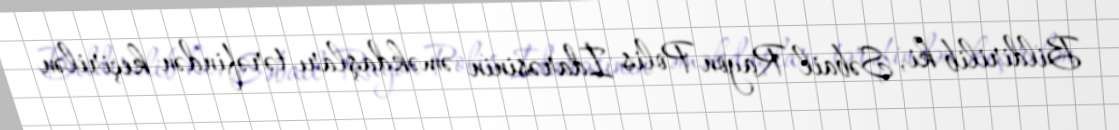
Bildirilib ki, Səbail Rayon Polis İdarəsinin əməkdaşları tərəfindən keçirilən